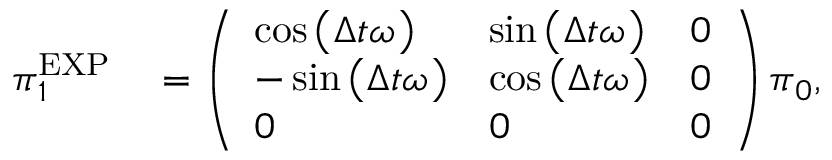
\begin{array} { r l } { \boldsymbol { \pi } _ { 1 } ^ { \mathrm { E X P } } } & { { } = \left( \begin{array} { l l l } { \cos \left( \Delta t { } \omega _ { } \right) } & { \sin \left( \Delta t { } \omega _ { } \right) } & { 0 } \\ { - \sin \left( \Delta t { } \omega _ { } \right) } & { \cos \left( \Delta t { } \omega _ { } \right) } & { 0 } \\ { 0 } & { 0 } & { 0 } \end{array} \right) \boldsymbol { \pi } _ { 0 } , } \end{array}